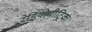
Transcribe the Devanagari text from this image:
रेडियोमीट्रिक